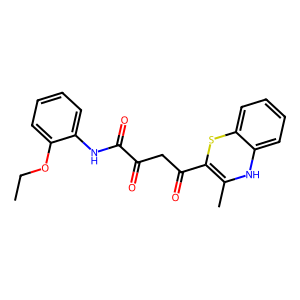
SMILES: CCOc1ccccc1NC(=O)C(=O)CC(=O)C1=C(C)Nc2ccccc2S1
Inhibits HIV replication: No